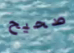
صحيح